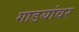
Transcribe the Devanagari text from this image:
गाडयांवर